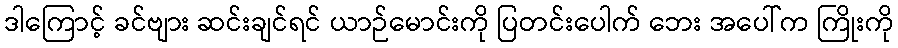
ဒါကြောင့် ခင်ဗျား ဆင်းချင်ရင် ယာဉ်မောင်းကို ပြတင်းပေါက် ဘေး အပေါ်က ကြိုးကို